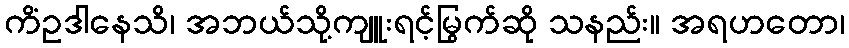
ကိံဥဒါနေသိ၊ အဘယ်သို့ကျူးရင့်မြွက်ဆို သနည်း။ အရဟတော၊